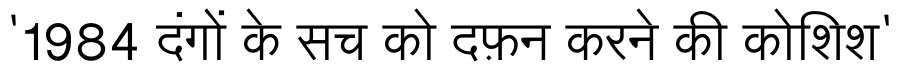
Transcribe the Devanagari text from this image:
'1984 दंगों के सच को दफ़न करने की कोशिश'